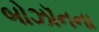
બોઝૉનના